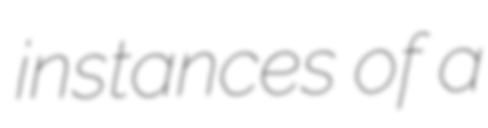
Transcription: instances of a